Annual report of the Punjab Veterinary College and of the Civil Veterinary Department, Punjab - 1894-1908
Year: 1894
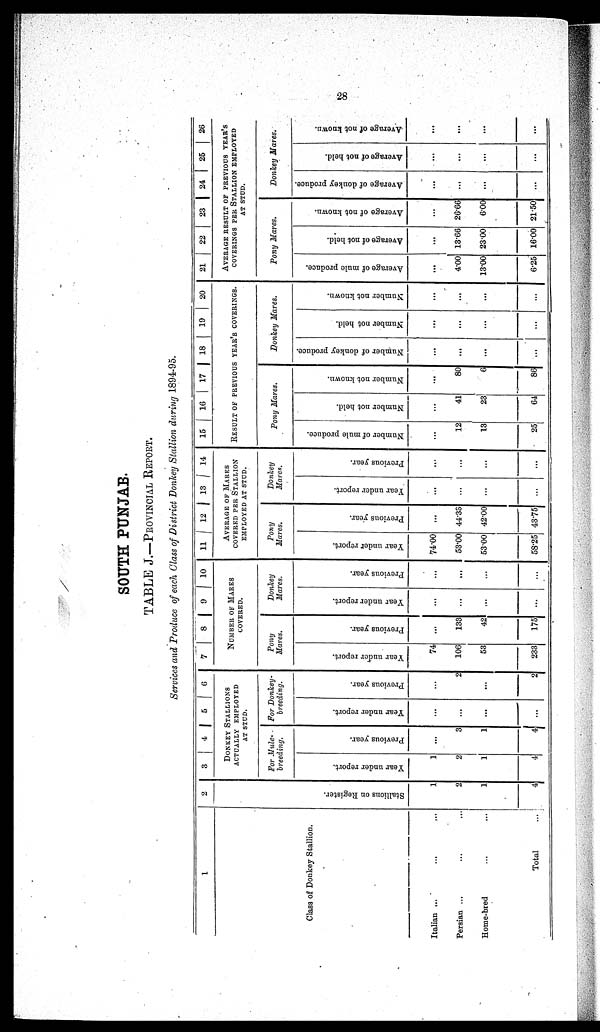
28
SOUTH PUNJAB.
TABLE J.—PROVINCIAL REPORT.
Services and Produce of each Class of District Donkey Stallion during 1894-95.
1
Class of Donkey Stallion.
Italian ...
...
...
Persian ... ... ...
Home-bred ... ...
Total ...
2
St al l
i
ons on Regi st er .
1
2
1
4
3 4 5
6
DONKEY STALLIONS
ACTUALLY EMPLOYED
AT STUD.
For Mule-
breeding.
Year under report.
1
2
1
4
Previous year.
...
3
1
4
For Donkey-
breeding.
Year under report.
...
...
...
...
Previous year.
...
2
...
2
7 8 9 10
NUMBER OF MARES
COVERED.
Pony
Mares.
Year under report.
74
106
53
233
Previous year.
...
133
42
175
Donkey
Mares.
Year under report.
...
...
...
...
Previous year.
...
...
...
...
11 12 | 13 14
AVERAGE OF MARES
COVERED PER STALLION
EMPLOYED AT STUD.
Pony
Mares.
Year under report.
74.00
53.00
53.00
58.25
Previous year.
...
44.33
42.00
43.75
Donkey
Mares.
Year under report.
...
...
...
...
Previous year.
...
...
...
...
15
16 17 18 19 20
RESULT OF PREVIOUS YEAR'S COVERINGS.
Pony Mares.
Number of mule produce.
...
12
13
25
Number not held.
...
41
23
64
Number not known.
...
80
6
86
Donkey Mares.
Number of donkey produce.
...
...
...
...
Number not held.
...
...
...
...
Number not known.
...
...
...
21
22
23 | 24
25
26
AVERAGE RESULTS OF PREVIOUS YEAR'S
COVERINGS PER STALLION EMPLOYED
AT STUD.
Pony Mares.
Average of mule produce.
...
4.00
13.00
6.25
Average of not held.
...
13.66
23.00
16.00
Average of not known.
...
26.66
6.00
21.50
Donkey Mares.
Average of donkey produce.
...
...
...
...
Average of not held.
...
...
...
...
Average of not known.
...
...
...
...